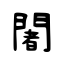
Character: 闍